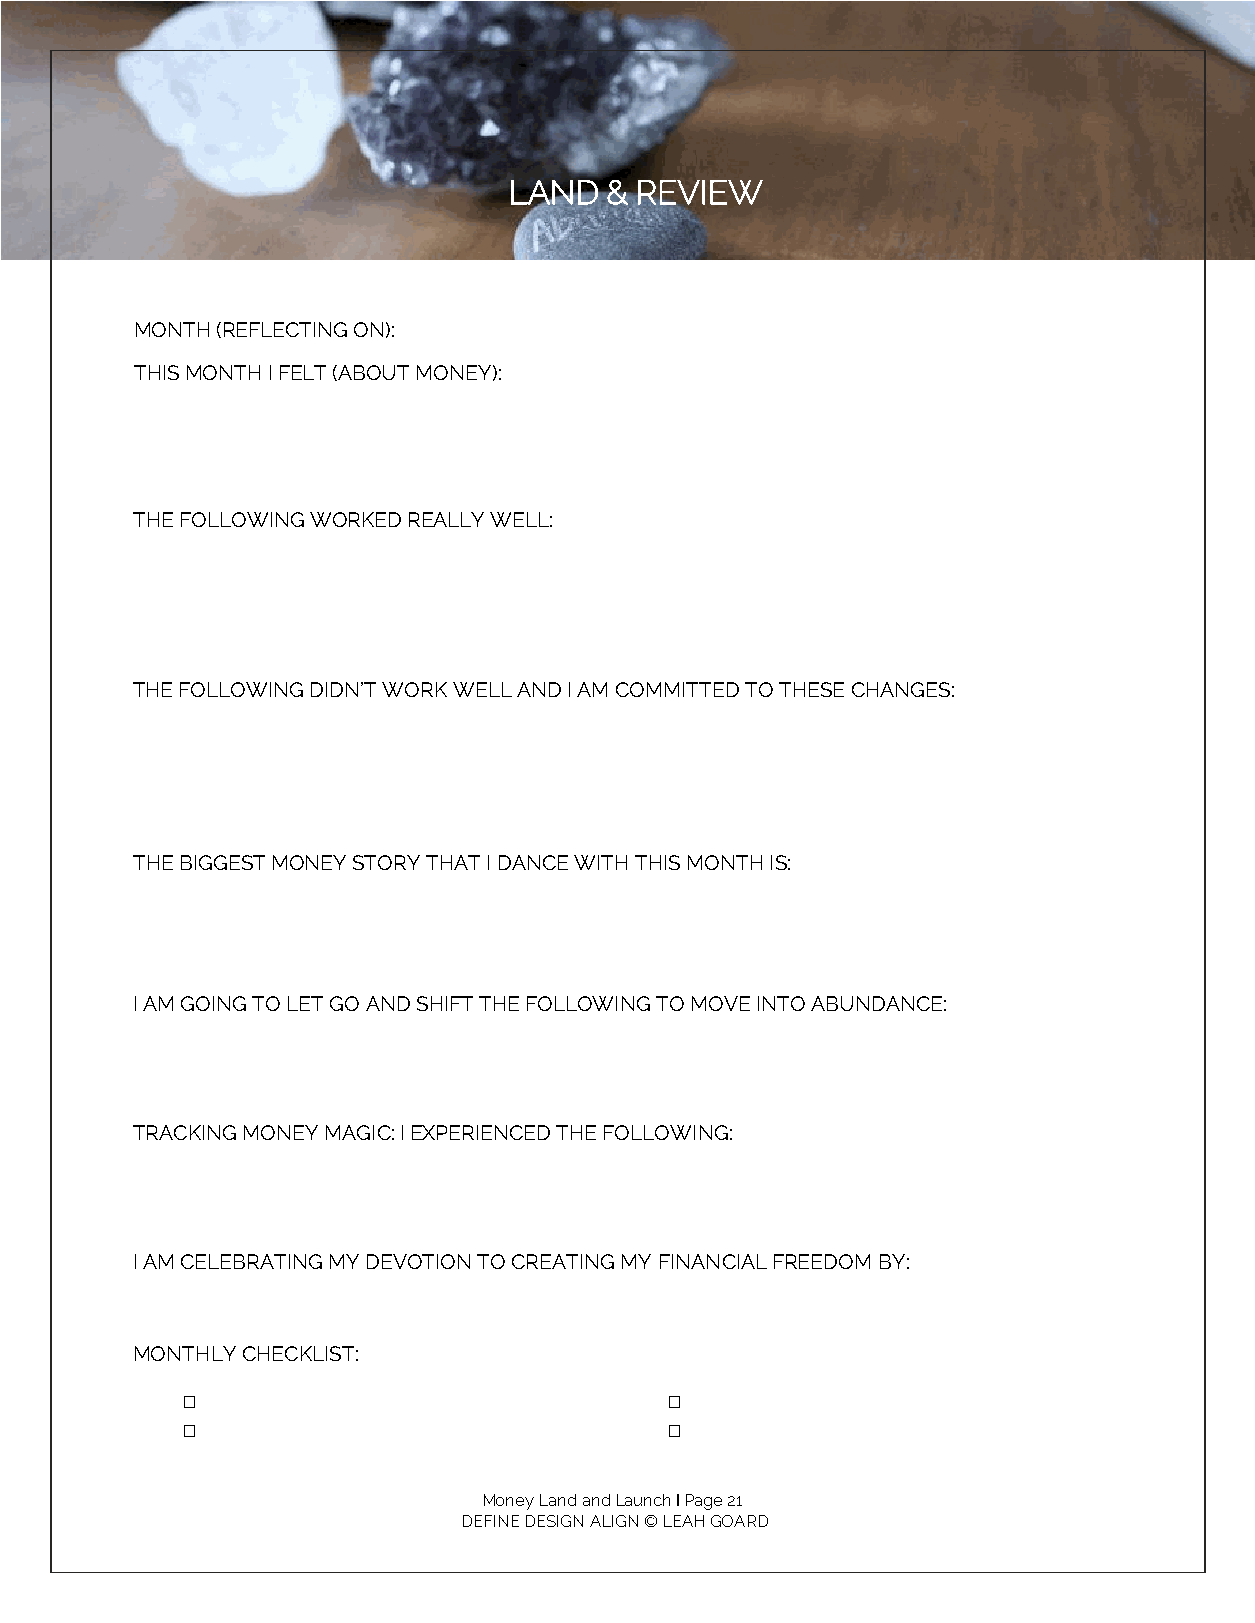
LAND  & REVIEW
 MONTH (REFLECTING ON):
 THIS MONTH I FELT (ABOUT MONEY):
 THE FOLLOWING WORKED REALLY WELL:
 THE FOLLOWING DIDN’T WORK WELL AND I AM COMMITTED TO THESE CHANGES:
 THE BIGGEST MONEY STORY THAT I DANCE WITH THIS MONTH IS:
 I AM GOING TO LET GO AND SHIFT THE FOLLOWING TO MOVE INTO ABUNDANCE:
 TRACKING MONEY MAGIC: I EXPERIENCED THE FOLLOWING:
 I AM CELEBRATING MY DEVOTION TO CREATING MY FINANCIAL FREEDOM BY:
 MONTHLY CHECKLIST:
 □                               □
 □                               □
 Money Land and Launch I Page 21
 DEFINE DESIGN ALIGN © LEAH GOARD